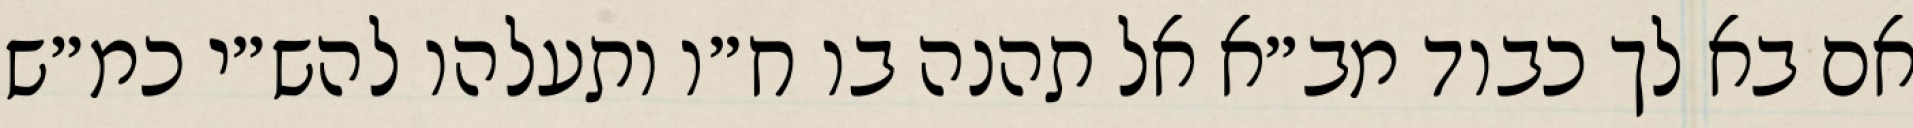
אם בא לך כבוד מב״א אל תהנה בו ח״ו ותעלהו להש״י כמ״ש